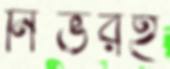
নির্ভরই